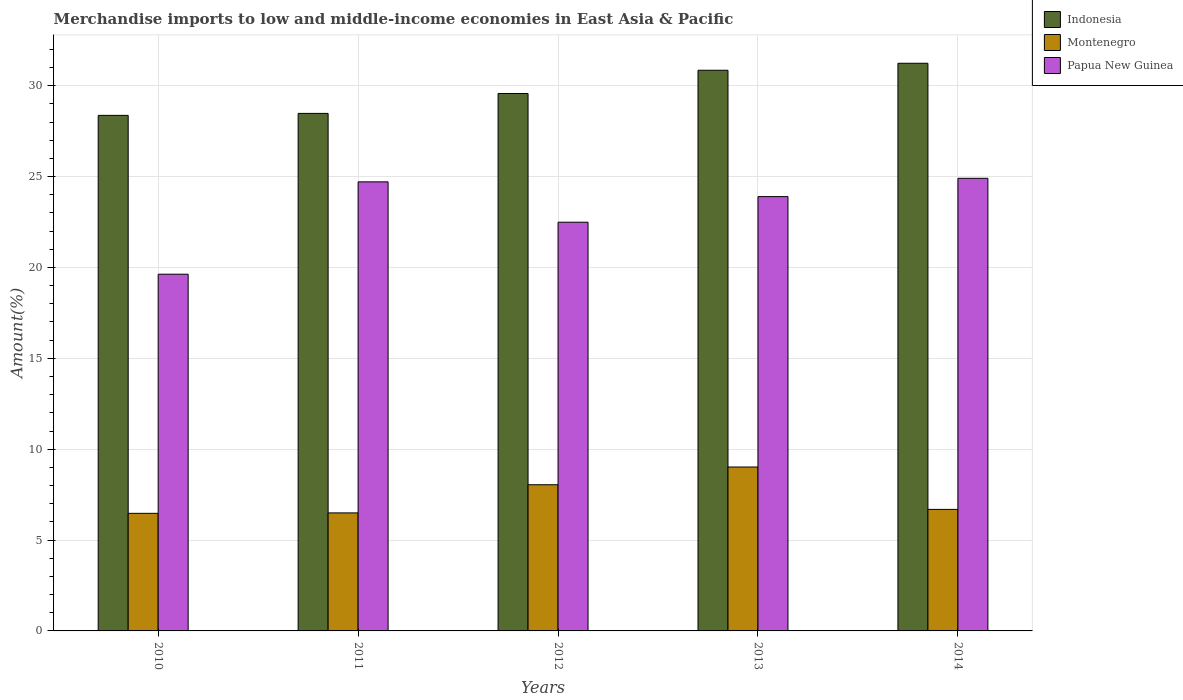
| Years | Indonesia | Montenegro | Papua New Guinea |
 | --- | --- | --- | --- |
 | 2010 | 28.4 | 6.47 | 19.6 |
 | 2011 | 28.5 | 6.49 | 24.7 |
 | 2012 | 29.6 | 8.04 | 22.5 |
 | 2013 | 30.9 | 9.02 | 23.9 |
 | 2014 | 31.2 | 6.69 | 24.9 |